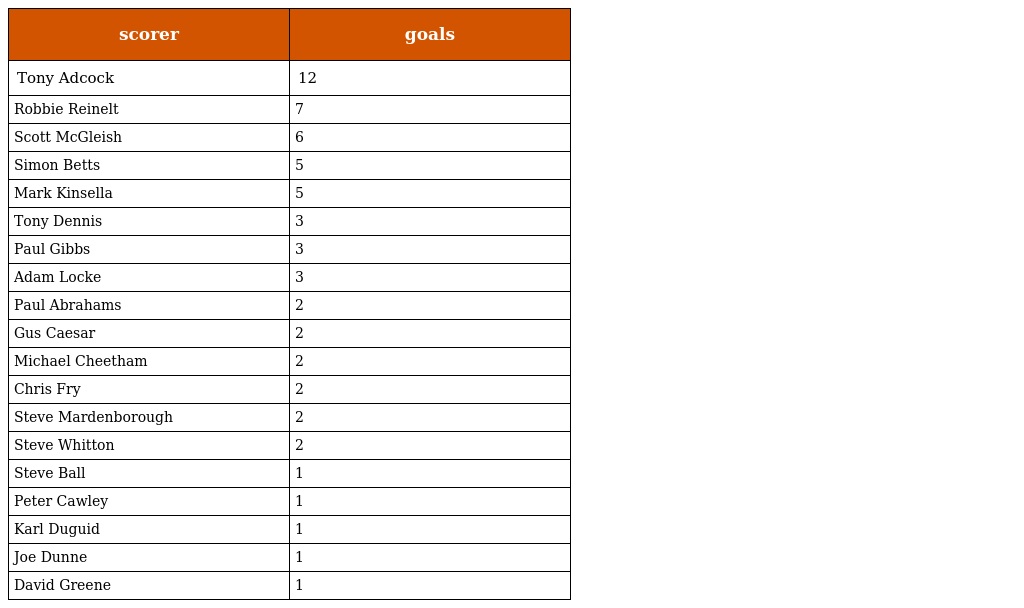
| scorer | goals |
 | --- | --- |
 | Tony Adcock | 12 |
 | Robbie Reinelt | 7 |
 | Scott McGleish | 6 |
 | Simon Betts | 5 |
 | Mark Kinsella | 5 |
 | Tony Dennis | 3 |
 | Paul Gibbs | 3 |
 | Adam Locke | 3 |
 | Paul Abrahams | 2 |
 | Gus Caesar | 2 |
 | Michael Cheetham | 2 |
 | Chris Fry | 2 |
 | Steve Mardenborough | 2 |
 | Steve Whitton | 2 |
 | Steve Ball | 1 |
 | Peter Cawley | 1 |
 | Karl Duguid | 1 |
 | Joe Dunne | 1 |
 | David Greene | 1 |